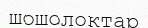
шошолоктар